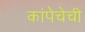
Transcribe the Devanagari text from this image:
कांपेचेची